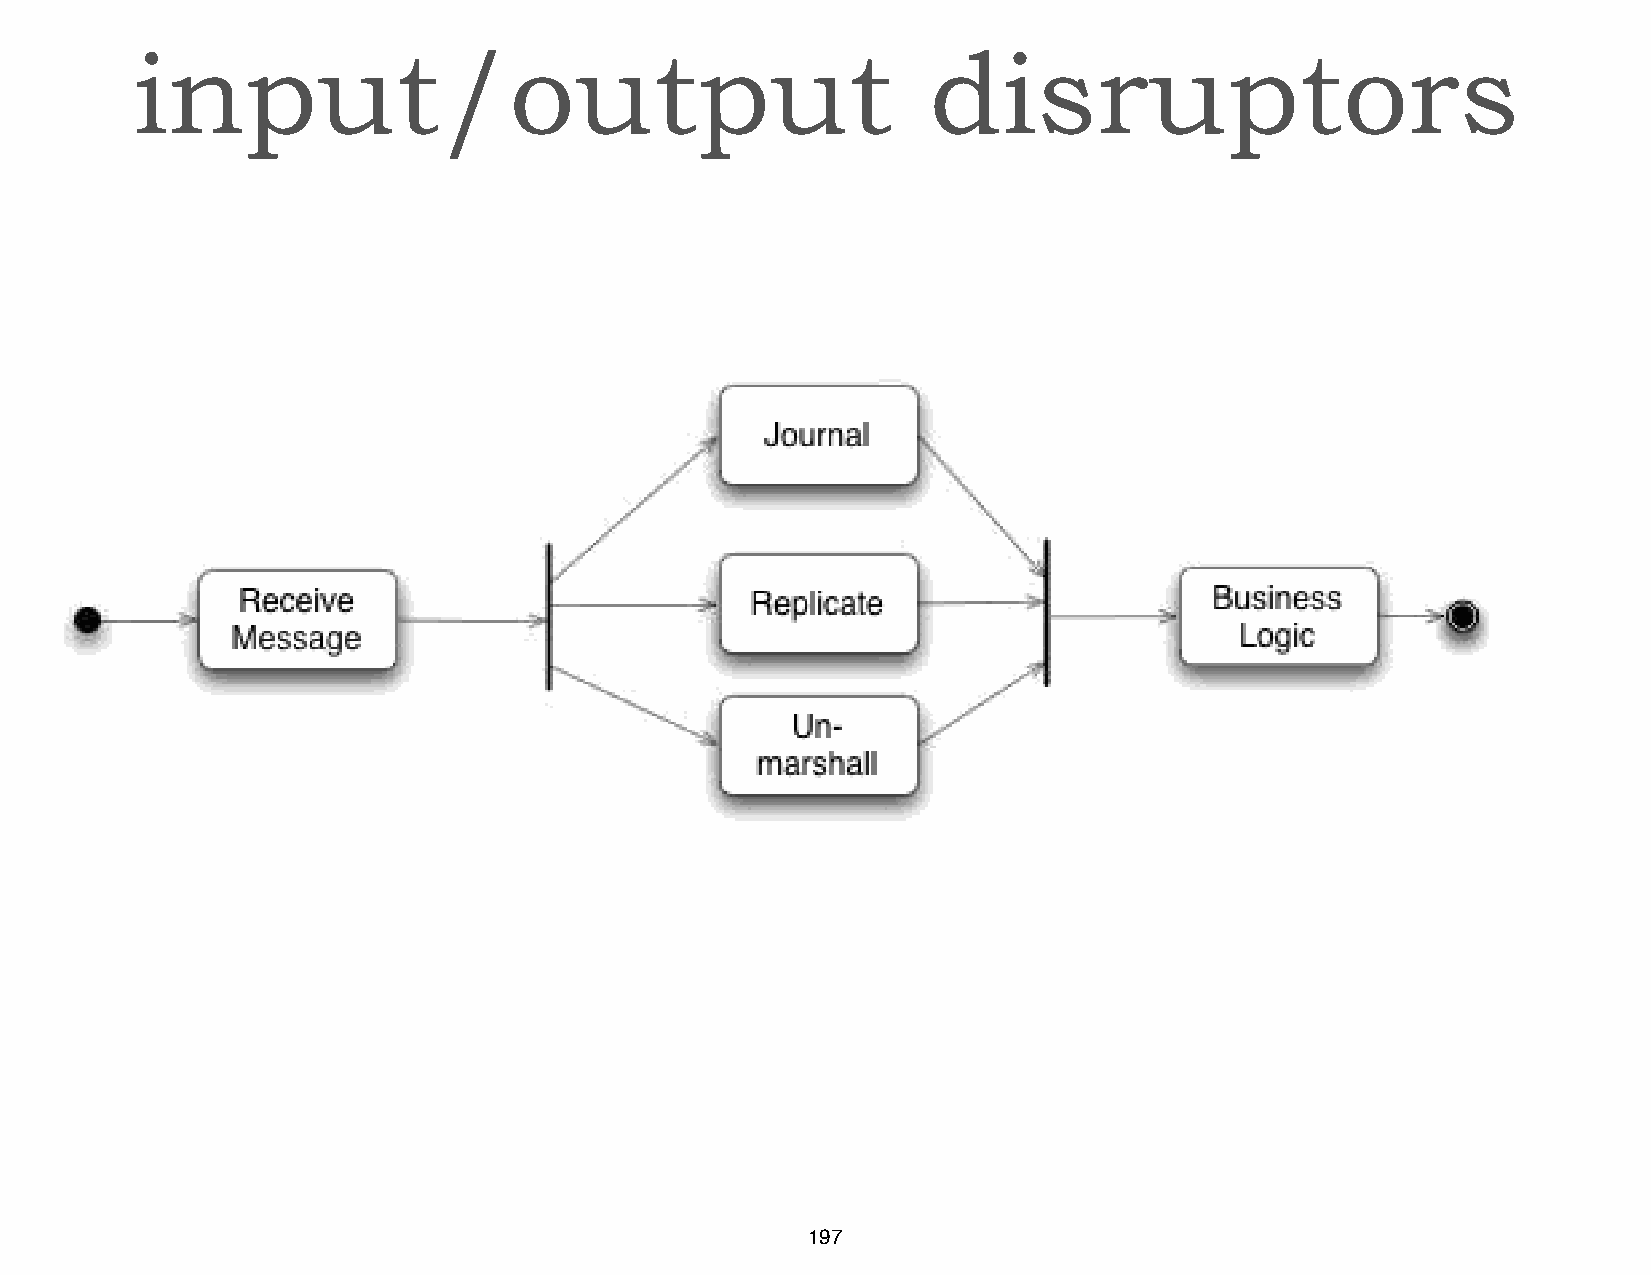
input/output                                         disruptors
 197